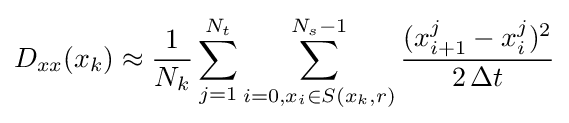
D_{xx}(x_{k})\approx {\frac {1}{N_{k}}}\sum _{j=1}^{N_{t}}\sum _{i=0,x_{i}\in S(x_{k},r)}^{N_{s}-1}{\frac {(x_{i+1}^{j}-x_{i}^{j})^{2}}{2\,\Delta t}}